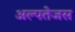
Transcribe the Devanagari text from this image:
अल्पतेजस